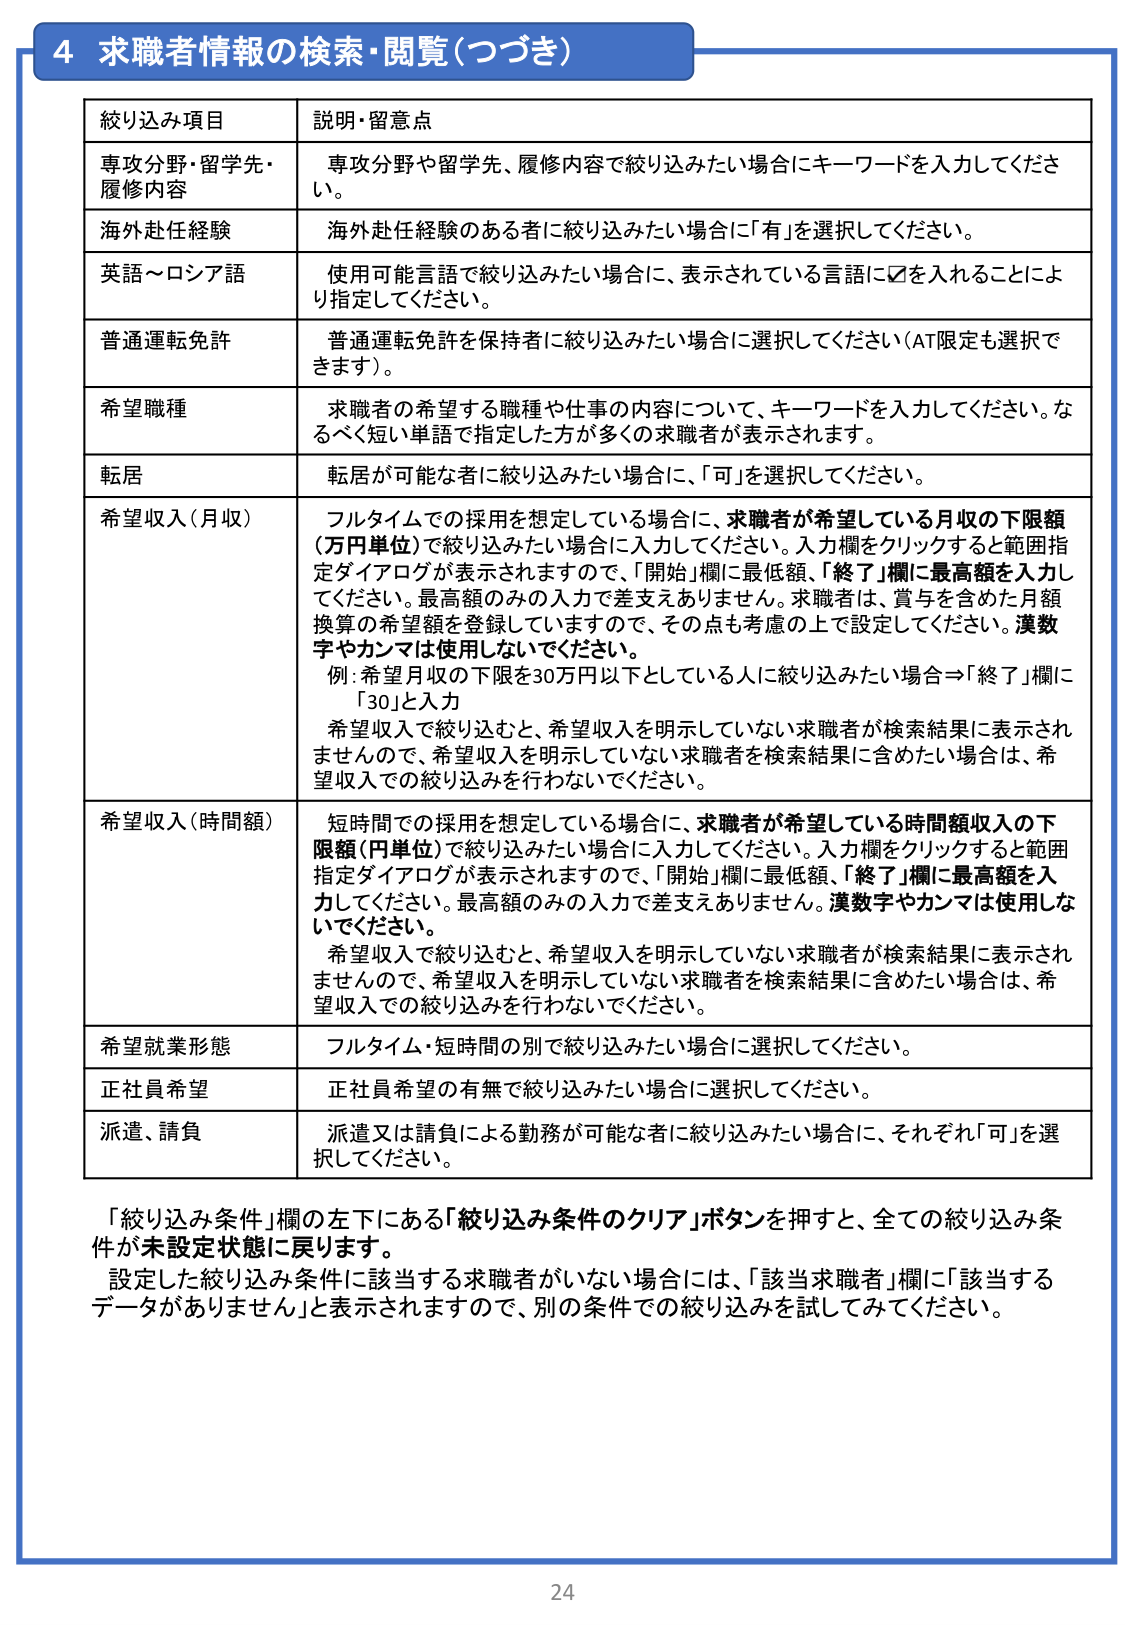
4 求職者情報の検索・閲覧（つづき）

絞り込み項目 説明・留意点

専攻分野・留学先・履修内容 専攻分野や留学先、履修内容で絞り込みたい場合にキーワードを入力してください。

海外赴任経験 海外赴任経験のある者に絞り込みたい場合に「有」を選択してください。

英語～ロシア語 使用可能言語で絞り込みたい場合に、表示されている言語に☑を入れることにより指定してください。

普通運転免許 普通運転免許を保持者に絞り込みたい場合に選択してください（AT限定も選択できます）。

希望職種 求職者の希望する職種や仕事の内容について、キーワードを入力してください。なるべく短い単語で指定した方が多くの求職者が表示されます。

転居 転居が可能な者に絞り込みたい場合に、「可」を選択してください。

希望収入（月収） フルタイムでの採用を想定している場合に、求職者が希望している月収の下限額（万円単位）で絞り込みたい場合に入力してください。入力欄をクリックすると範囲指定ダイアログが表示されますので、「開始」欄に最低額、「終了」欄に最高額を入力してください。最高額のみの入力で差支えありません。求職者は、賞与を含めた月額換算の希望額を登録していますので、その点も考慮の上で設定してください。漢数字やカナマは使用しないでください。 例：希望月収の下限を30万円以下としている人に絞り込みたい場合⇒「終了」欄に「30」と入力 希望収入で絞り込むと、希望収入を明示していない求職者が検索結果に表示されませんので、希望収入を明示していない求職者を検索結果に含めたい場合は、希望収入での絞り込みを行わないでください。

希望収入（時間額） 短時間での採用を想定している場合に、求職者が希望している時間額収入の下限額（円単位）で絞り込みたい場合に入力してください。入力欄をクリックすると範囲指定ダイアログが表示されますので、「開始」欄に最低額、「終了」欄に最高額を入力してください。最高額のみの入力で差支えありません。漢数字やカナマは使用しないでください。 希望収入で絞り込むと、希望収入を明示していない求職者が検索結果に表示されませんので、希望収入を明示していない求職者を検索結果に含めたい場合は、希望収入での絞り込みを行わないでください。

希望就業形態 フルタイム・短時間の別で絞り込みたい場合に選択してください。

正社員希望 正社員希望の有無で絞り込みたい場合に選択してください。

派遣、請負 派遣又は請負による勤務が可能な者に絞り込みたい場合に、それぞれ「可」を選択してください。

「絞り込み条件」欄の左下にある「絞り込み条件のクリア」ボタンを押すと、全ての絞り込み条件が未設定状態に戻ります。 設定した絞り込み条件に該当する求職者がいない場合には、「該当求職者」欄に「該当するデータがありません」と表示されますので、別の条件での絞り込みを試してみてください。

24